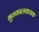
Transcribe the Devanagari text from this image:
भूतकालवाचक